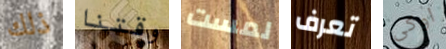
ذلك وقتنا لمست تعرف اوكى